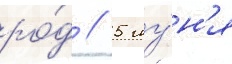
ро́д // 5 иу́н'я